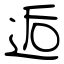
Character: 逅